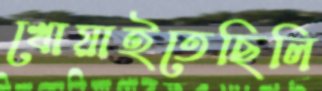
খোয়াইতেছিলি